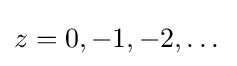
z=0,-1,-2,\dots